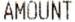
AMOUNT